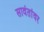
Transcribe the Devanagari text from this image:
सावंतांवर